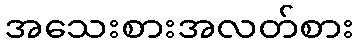
အသေးစားအလတ်စား